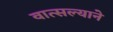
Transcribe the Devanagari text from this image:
वात्सल्याने